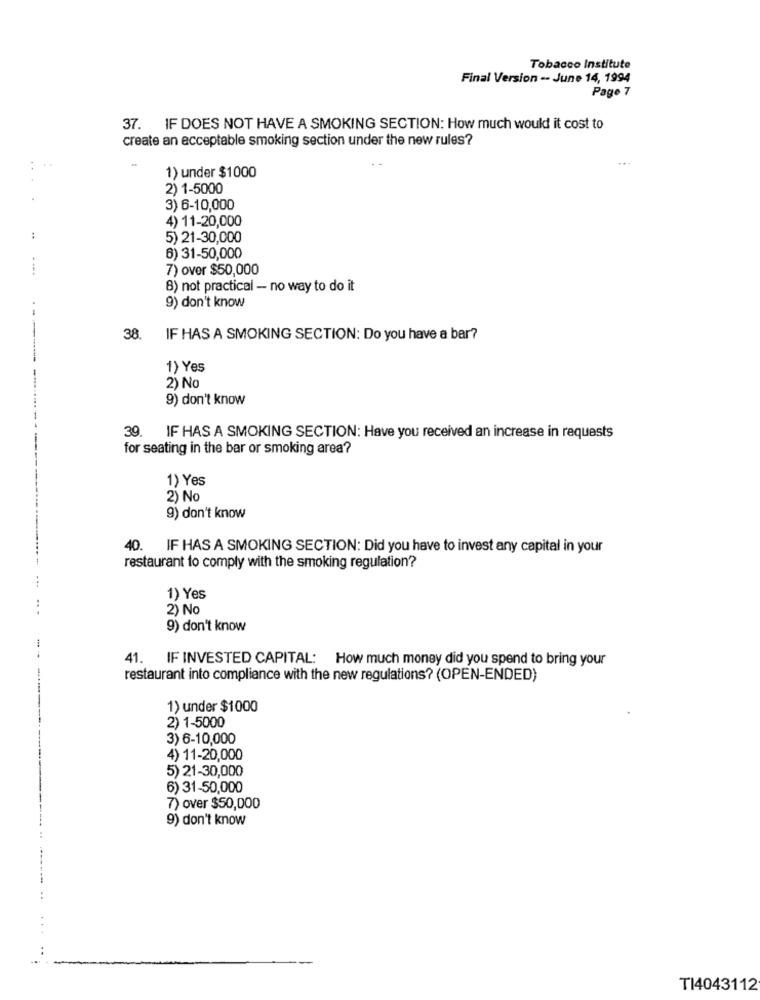
Tobacco Institute
Final Version -- June 14, 1994
Page 7
37. IF DOES NOT HAVE A SMOKING SECTION: How much would it cost to
create an acceptable smoking section under the new rules?
1) under $1000
2) 1-5000
3) 6-10,000
4) 11-20,000
5) 21-30,000
6) 31-50,000
. ...
7) over $50,000
8) not practical - no way to do it
9) don't know
38.
IF HAS A SMOKING SECTION: Do you have a bar?
-------
1) Yes
2) No
9) don't know
39.
IF HAS A SMOKING SECTION: Have you received an increase in requests
for seating in the bar or smoking area?
1) Yes
2) No
9) don't know
40. IF HAS A SMOKING SECTION: Did you have to invest any capital in your
restaurant to comply with the smoking regulation?
1) Yes
2) No
9) don't know
41. IF INVESTED CAPITAL: How much money did you spend to bring your
restaurant into compliance with the new regulations? (OPEN-ENDED)
1) under $1000
2) 1-5000
3) 6-10,000
4) 11-20,000
5) 21-30,000
6) 31-50,000
-----
7) over $50,000
9) don't know
TI4043112